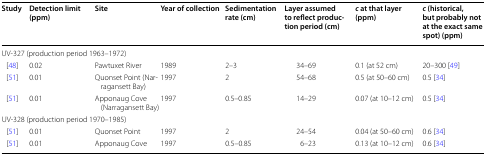
<table><thead><tr><td><b>Study</b></td><td><b>Detection limit (ppm)</b></td><td><b>Site</b></td><td><b>Year of collection</b></td><td><b>Sedimentation rate (cm)</b></td><td><b>Layer assumed to reflect production period (cm)</b></td><td><b><i>c</i> at that layer (ppm)</b></td><td><b><i>c</i> (historical, but probably not at the exact same spot) (ppm)</b></td></tr></thead><tbody><tr><td colspan="8">UV-327 (production period 1963–1972)</td></tr><tr><td> [48]</td><td>0.02</td><td>Pawtuxet River</td><td>1989</td><td>2–3</td><td>34–69</td><td>0.1 (at 52 cm)</td><td>20–300 [49]</td></tr><tr><td> [51]</td><td>0.01</td><td>Quonset Point (Narragansett Bay)</td><td>1997</td><td>2</td><td>54–68</td><td>0.5 (at 50–60 cm)</td><td>0.5 [34]</td></tr><tr><td> [51]</td><td>0.01</td><td>Apponaug Cove (Narragansett Bay)</td><td>1997</td><td>0.5–0.85</td><td>14–29</td><td>0.07 (at 10–12 cm)</td><td>0.5 [34]</td></tr><tr><td colspan="8">UV-328 (production period 1970–1985)</td></tr><tr><td> [51]</td><td>0.01</td><td>Quonset Point</td><td>1997</td><td>2</td><td>24–54</td><td>0.04 (at 50–60 cm)</td><td>0.6 [34]</td></tr><tr><td> [51]</td><td>0.01</td><td>Apponaug Cove</td><td>1997</td><td>0.5–0.85</td><td>6–23</td><td>0.13 (at 10–12 cm)</td><td>0.6 [34]</td></tr></tbody></table>